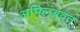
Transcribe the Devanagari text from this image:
अभिलंबवत्‌